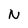
Character: N